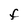
Character: F